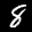
Digit: 8